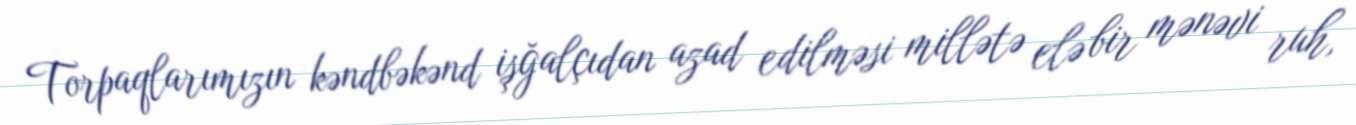
Torpaqlarımızın kəndbəkənd işğalçıdan azad edilməsi millətə elə bir mənəvi ruh,